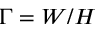
\Gamma = W / H